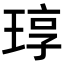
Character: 𬍳